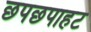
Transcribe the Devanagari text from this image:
छपछपाहट